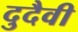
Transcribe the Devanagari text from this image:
दुदैवी